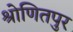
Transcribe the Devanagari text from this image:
श्रोणितपुर